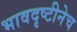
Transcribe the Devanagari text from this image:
भावदृष्टीनेच